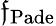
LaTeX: \mathfrak{f}_{\mathrm{{Pade}}}